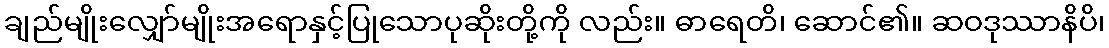
ချည်မျိုးလျှော်မျိုးအရောနှင့်ပြုသောပုဆိုးတို့ကို လည်း။ ဓာရေတိ၊ ဆောင်၏။ ဆဝဒုဿာနိပိ၊